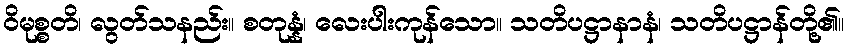
ဝိမုစ္စတိ၊ လွတ်သနည်း။ စတုန္နံ၊ လေးပါးကုန်သော။ သတိပဋ္ဌာနာနံ၊ သတိပဋ္ဌာန်တို့၏။